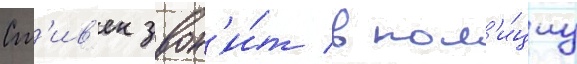
Ст'ив'ен звон'и́т в пол'и́циу